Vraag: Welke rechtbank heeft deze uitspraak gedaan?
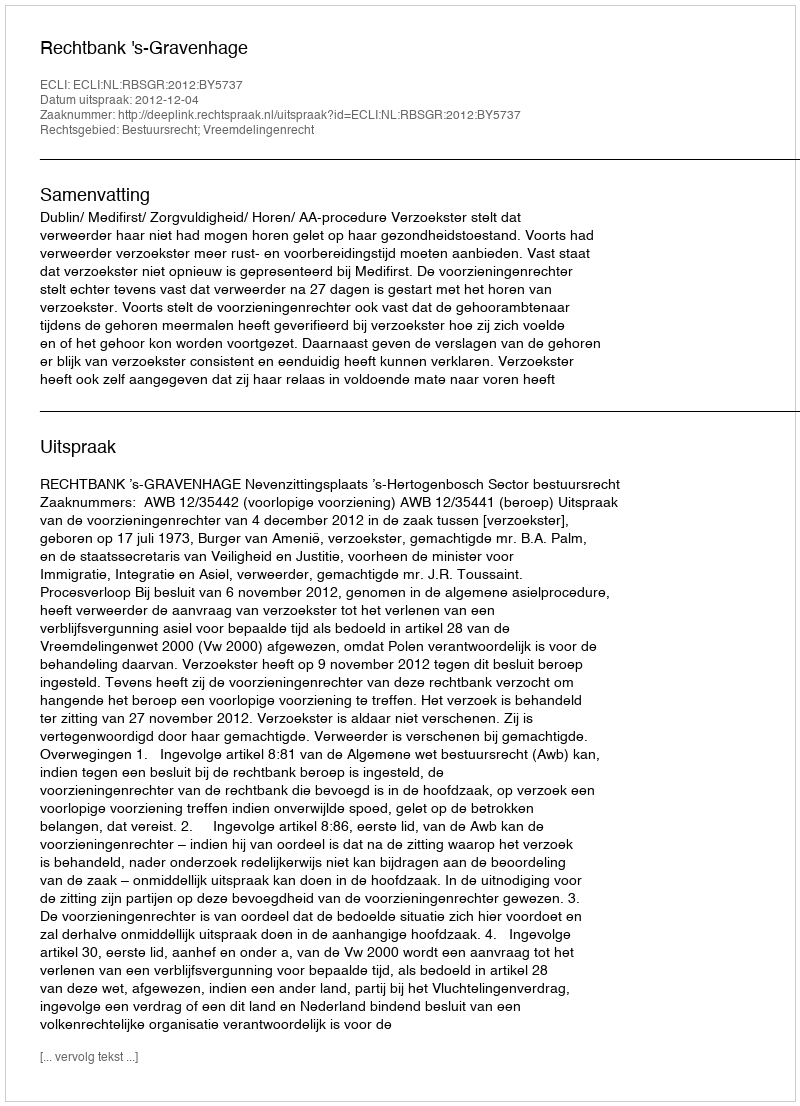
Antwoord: Rechtbank 's-Gravenhage